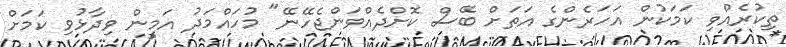
ތިކުރެއްވި ކަމަކުން އަހަރެންގެ އަތަށް ބޭސް ކޮށްދެއްވަންޖެހޭނޭ" މުހައްމަދު އަމީން ވިދާޅުވި ކަމަށް